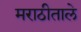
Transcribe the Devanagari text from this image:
मराठीताले